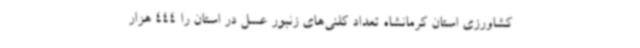
کشاورزی استان کرمانشاه تعداد کلنی‌های زنبور عسل در استان را 444 هزار